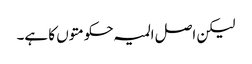
لیکن اصل المیہ حکومتوں کا ہے۔